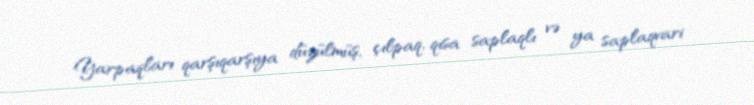
Yarpaqları qarşıqarşıya düzülmüş, çılpaq, qısa saplaqlı və ya saplaqvari